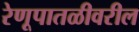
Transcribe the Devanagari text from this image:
रेणूपातळीवरील